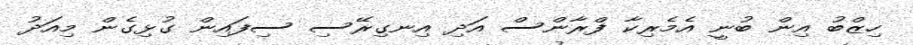
ހިޒްބު އިން ބުނީ އެމެރިކާ ފްރާންސް އަދި އިނގިރޭސި ސިފައިން ގުޅިގެން މިއަދު